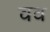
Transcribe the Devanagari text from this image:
वव